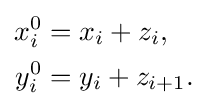
{\begin{aligned}x_{i}^{0}&=x_{i}+z_{i},\\y_{i}^{0}&=y_{i}+z_{i+1}.\end{aligned}}